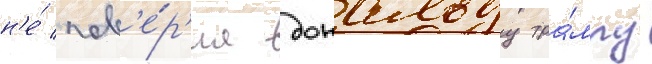
н'е́ пов'е́р'ил дональду тра́мпу